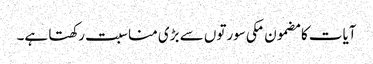
آیات کا مضمون مکی سورتوں سے بڑی مناسبت رکھتا ہے۔